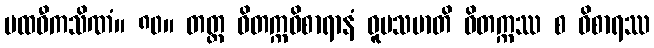
ပထဝီကသိဏံ။ ၈၀။ တတ္ထ ဝိတက္ကဝိစာရာနံ ဝူပသမာတိ ဝိတက္ကဿ စ ဝိစာရဿ